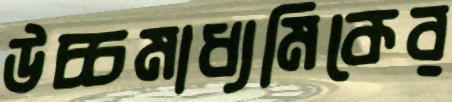
উচ্চমাধ্যমিকের